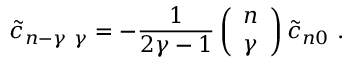
{ \tilde { c } } _ { n - \gamma \ \gamma } = - { \frac { 1 } { 2 \gamma - 1 } } \left( \begin{array} { l } { { n } } \\ { { \gamma } } \end{array} \right) { \tilde { c } } _ { n 0 } \ .